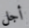
أجل